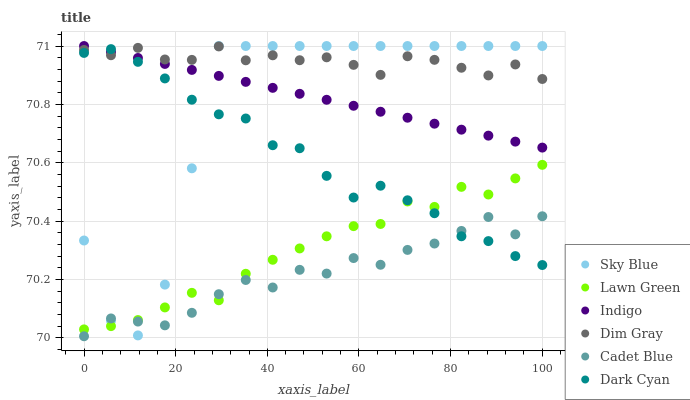
| xaxis_label | Sky Blue | Lawn Green | Indigo | Dim Gray | Cadet Blue | Dark Cyan |
 | --- | --- | --- | --- | --- | --- | --- |
 | 0 | 70.3 | 70 | 71 | 71 | 70 | 71 |
 | 5.88 | 70.1 | 70 | 71 | 71 | 70.1 | 71 |
 | 11.8 | 70 | 70.1 | 71 | 71 | 70.1 | 70.9 |
 | 17.6 | 70.2 | 70.1 | 70.9 | 71 | 70 | 70.9 |
 | 23.5 | 70.6 | 70.2 | 70.9 | 71 | 70.1 | 70.8 |
 | 29.4 | 71 | 70.1 | 70.9 | 71 | 70.1 | 70.8 |
 | 35.3 | 71 | 70.2 | 70.9 | 71 | 70.2 | 70.8 |
 | 41.2 | 71 | 70.3 | 70.9 | 71 | 70.2 | 70.7 |
 | 47.1 | 71 | 70.3 | 70.8 | 71 | 70.2 | 70.6 |
 | 52.9 | 71 | 70.3 | 70.8 | 71 | 70.2 | 70.6 |
 | 58.8 | 71 | 70.4 | 70.8 | 70.9 | 70.3 | 70.5 |
 | 64.7 | 71 | 70.4 | 70.8 | 70.9 | 70.3 | 70.5 |
 | 70.6 | 71 | 70.5 | 70.8 | 71 | 70.3 | 70.5 |
 | 76.5 | 71 | 70.4 | 70.7 | 71 | 70.3 | 70.4 |
 | 82.4 | 71 | 70.5 | 70.7 | 70.9 | 70.4 | 70.3 |
 | 88.2 | 71 | 70.5 | 70.7 | 70.9 | 70.4 | 70.3 |
 | 94.1 | 71 | 70.5 | 70.7 | 70.9 | 70.4 | 70.3 |
 | 100 | 71 | 70.6 | 70.7 | 70.9 | 70.4 | 70.2 |